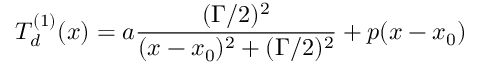
T _ { d } ^ { ( 1 ) } ( x ) = a \frac { ( \Gamma / 2 ) ^ { 2 } } { ( x - x _ { 0 } ) ^ { 2 } + ( \Gamma / 2 ) ^ { 2 } } + p ( x - x _ { 0 } )